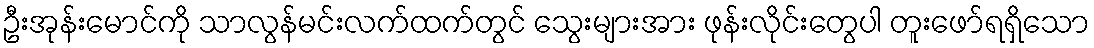
ဦးအုန်းမောင်ကို သာလွန်မင်းလက်ထက်တွင် သွေးများအား ဖုန်းလိုင်းတွေပါ တူးဖော်ရရှိသော